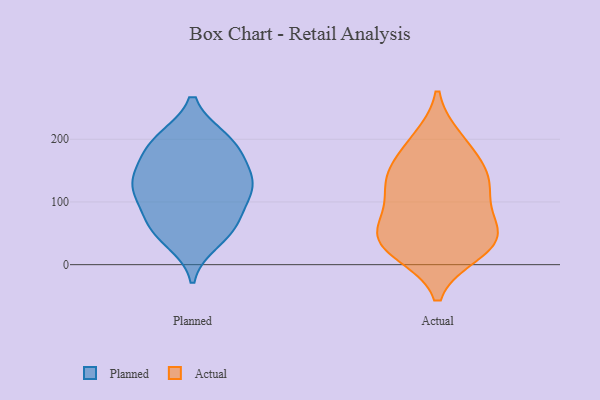
{"axis": {"x": "Headcount", "y": "Value"}, "legend": ["Actual", "Planned"], "data": [{"x": "", "y": 198, "type": "Planned"}, {"x": "", "y": 147, "type": "Planned"}, {"x": "", "y": 105, "type": "Planned"}, {"x": "", "y": 62, "type": "Planned"}, {"x": "", "y": 120, "type": "Planned"}, {"x": "", "y": 122, "type": "Planned"}, {"x": "", "y": 61, "type": "Planned"}, {"x": "", "y": 136, "type": "Planned"}, {"x": "", "y": 126, "type": "Planned"}, {"x": "", "y": 175, "type": "Planned"}, {"x": "", "y": 193, "type": "Planned"}, {"x": "", "y": 39, "type": "Planned"}, {"x": "", "y": 63, "type": "Planned"}, {"x": "", "y": 199, "type": "Planned"}, {"x": "", "y": 120, "type": "Actual"}, {"x": "", "y": 27, "type": "Actual"}, {"x": "", "y": 35, "type": "Actual"}, {"x": "", "y": 142, "type": "Actual"}, {"x": "", "y": 118, "type": "Actual"}, {"x": "", "y": 32, "type": "Actual"}, {"x": "", "y": 61, "type": "Actual"}, {"x": "", "y": 154, "type": "Actual"}, {"x": "", "y": 199, "type": "Actual"}, {"x": "", "y": 64, "type": "Actual"}, {"x": "", "y": 191, "type": "Actual"}, {"x": "", "y": 20, "type": "Actual"}, {"x": "", "y": 58, "type": "Actual"}, {"x": "", "y": 130, "type": "Actual"}]}